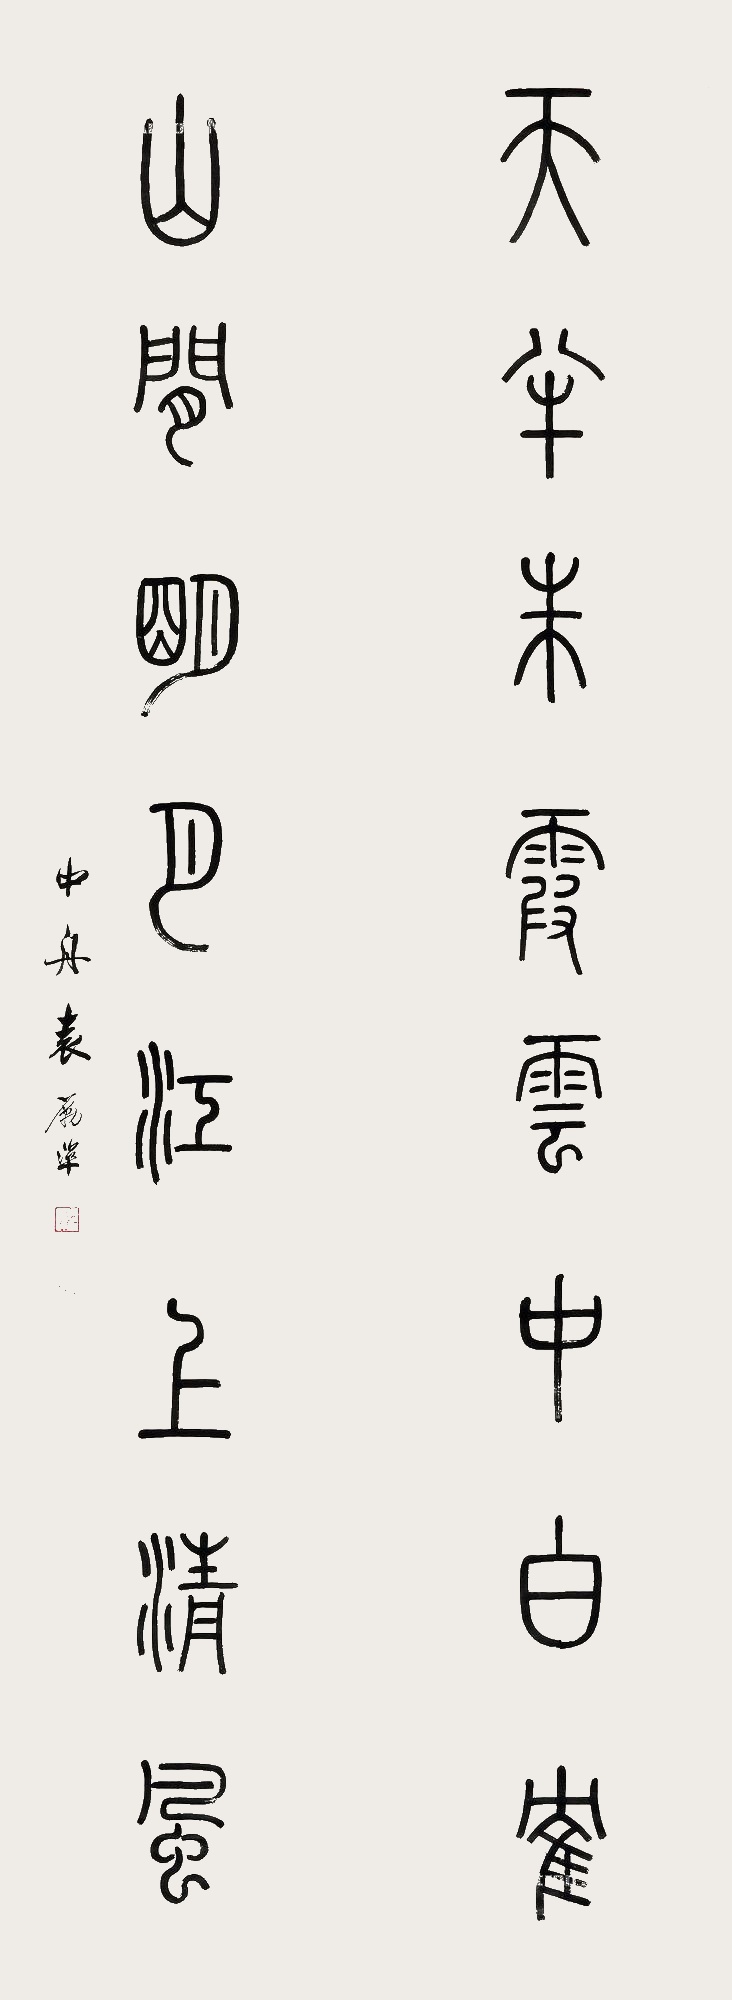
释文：天半朱霞云中白鹤，山间明月江上清风。中舟袁励凖。